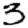
Digit: 3